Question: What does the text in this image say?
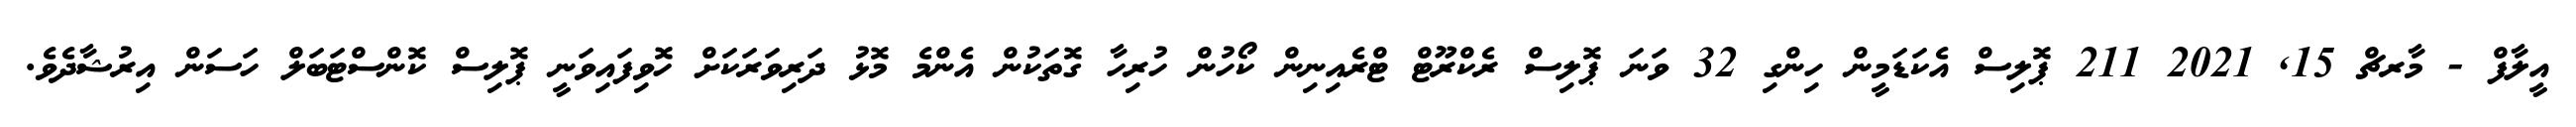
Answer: އީލާފް - މާރޗް 15, 2021 211 ޕޮލިސް އެކަޑަމީން ހިންގި 32 ވަނަ ޕޮލިސް ރެކްރޫޓް ޓްރެއިނިން ކޯހުން ހުރިހާ ގޮތަކުން އެންމެ މޮޅު ދަރިވަރަކަށް ހޮވިފައިވަނީ ޕޮލިސް ކޮންސްޓަބަލް ހަސަން އިރުޝާދެވެ.